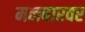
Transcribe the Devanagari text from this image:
मलबारवर